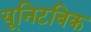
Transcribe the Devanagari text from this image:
यूनिटबिक